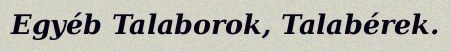
Egyéb Talaborok, Talabérek.